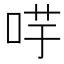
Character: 𭇻